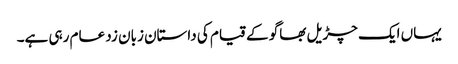
یہاں ایک چڑیل بھاگو کے قیام کی داستان زبان زد عام رہی ہے۔